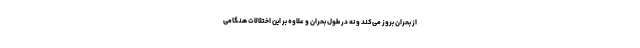
از بحران بروز می‌کند و نه در طول بحران و علاوه بر این اختلالات هنگامی